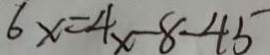
6 x = 4 x - 8 - 4 5